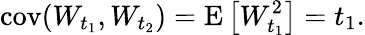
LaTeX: \operatorname{cov}(W_{t_{1}},W_{t_{2}})=\operatorname{E}\left[W_{t_{1}}^{2}\right]=t_{1}.